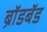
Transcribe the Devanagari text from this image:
ब्राॅडबॅड